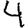
Digit: 4